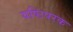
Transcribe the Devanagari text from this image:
यष्टिपरक